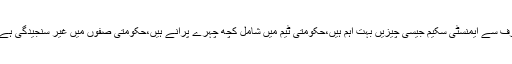
ان کا کہنا تھا کہ اس وقت سمجھ نہیں آرہی ہے کہ معاشی صورتحال کس طرف جارہی ہے،حکومت کی طرف سے ایمنسٹی سکیم جیسی چیزیں بہت اہم ہیں،حکومتی ٹیم میں شامل کچھ چہرے پرانے ہیں،حکومتی صفوں میں غیر سنجیدگی ہے ، وزراءبچوں کی طرح لڑ رہے ہیں، بلاول بھٹو کو جواب دینے میں فواد ، حماد اور مرادمیں لڑائی ہوگئی ۔